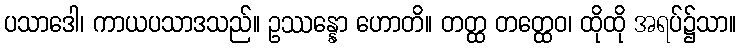
ပသာဒေါ၊ ကာယပသာဒသည်။ ဥဿန္နော ဟောတိ။ တတ္ထ တတ္ထေဝ၊ ထိုထို အရပ်၌သာ။